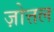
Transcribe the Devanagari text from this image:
ज़ोत्तल